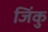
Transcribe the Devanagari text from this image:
जिंकु